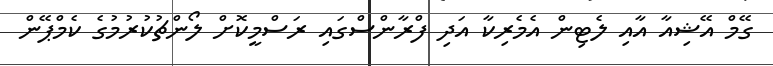
ގޭމް އޭޝިއާ އާއި ލެޓިން އެމެރިކާ އަދި ފްރާންސްގައި ރަސްމީކޮށް ލޯންޗުކުރުމުގެ ކެމްޕޭން